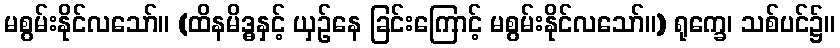
မစွမ်းနိုင်လသော်။ (ထိနမိဒ္ဓနှင့် ယှဉ်နေ ခြင်းကြောင့် မစွမ်းနိုင်လသော်။) ရုက္ခေ၊ သစ်ပင်၌။